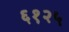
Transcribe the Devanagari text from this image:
६१२५